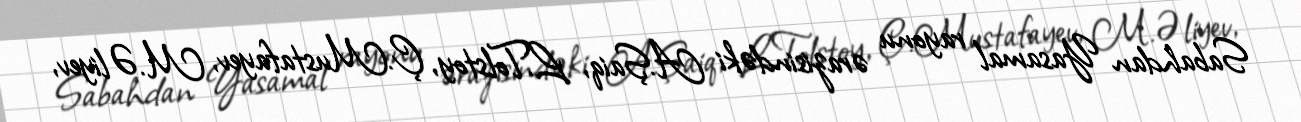
Sabahdan Yasamal rayonu ərazisindəki A.Şaiq, L.Tolstoy, Ç.Mustafayev, M.Əliyev,